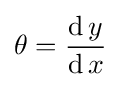
\theta ={\frac {\operatorname {d} y}{\operatorname {d} x}}